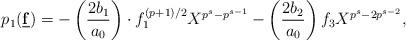
LaTeX: \begin{align*} p_1({\bf\underline{ f}}) = -\left(\frac{2b_1}{a_0}\right)\cdot f_1^{(p+1)/2}X^{p^s-p^{s-1}} -\left(\frac{2b_2}{a_0}\right)f_3 X^{p^s-2p^{s-2}},\end{align*}